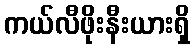
ကယ်လီဖိုးနီးယားရှိ